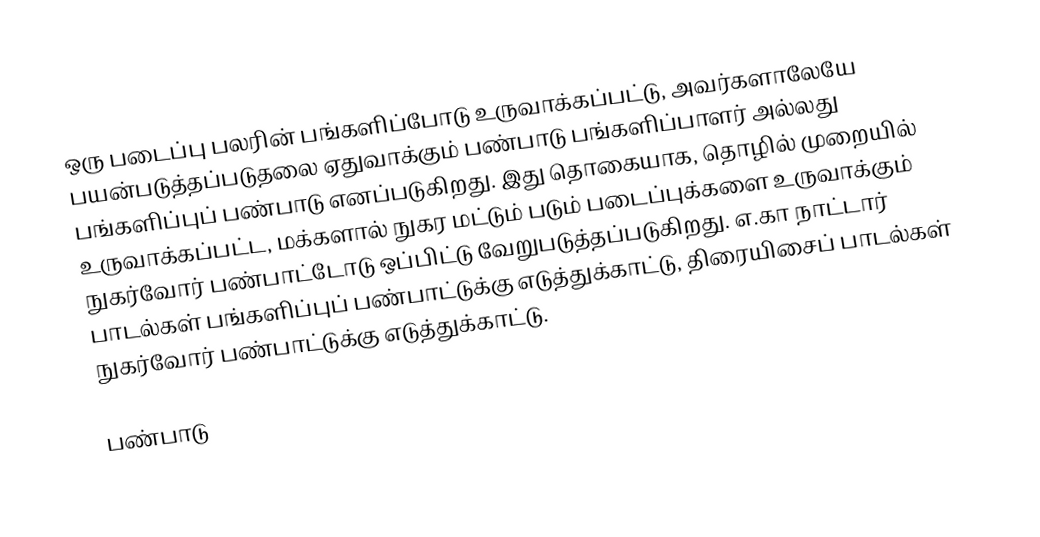
ஒரு படைப்பு பலரின் பங்களிப்போடு உருவாக்கப்பட்டு, அவர்களாலேயே பயன்படுத்தப்படுதலை ஏதுவாக்கும் பண்பாடு பங்களிப்பாளர் அல்லது பங்களிப்புப் பண்பாடு எனப்படுகிறது.  இது தொகையாக, தொழில் முறையில் உருவாக்கப்பட்ட, மக்களால் நுகர மட்டும் படும் படைப்புக்களை உருவாக்கும் நுகர்வோர் பண்பாட்டோடு ஒப்பிட்டு வேறுபடுத்தப்படுகிறது.  எ.கா நாட்டார் பாடல்கள் பங்களிப்புப் பண்பாட்டுக்கு எடுத்துக்காட்டு, திரையிசைப் பாடல்கள் நுகர்வோர் பண்பாட்டுக்கு எடுத்துக்காட்டு.

பண்பாடு